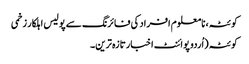
کوئٹہ، نامعلوم افراد کی فائرنگ سے پولیس اہلکار زخمی
کوئٹہ (اُردو پوائنٹ اخبارتازہ ترین۔